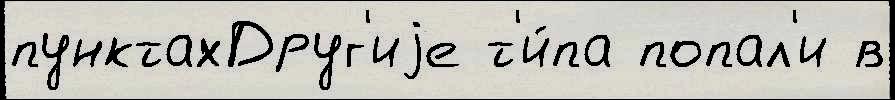
пунктахДруг'иjе т'и́па попал'и в